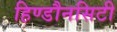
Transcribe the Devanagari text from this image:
हिण्डौनसिटी